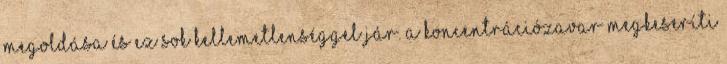
megoldása és ez sok kellemetlenséggel jár. A koncentrációzavar megkeseríti